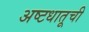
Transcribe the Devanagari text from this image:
अष्टधातूची